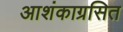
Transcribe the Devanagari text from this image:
आशंकाग्रसित